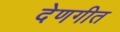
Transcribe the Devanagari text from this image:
देणगीत